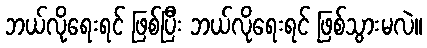
ဘယ်လိုရေးရင် ဖြစ်ပြီး ဘယ်လိုရေးရင် ဖြစ်သွားမလဲ။